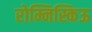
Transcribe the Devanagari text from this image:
रोम्निस्किऊ